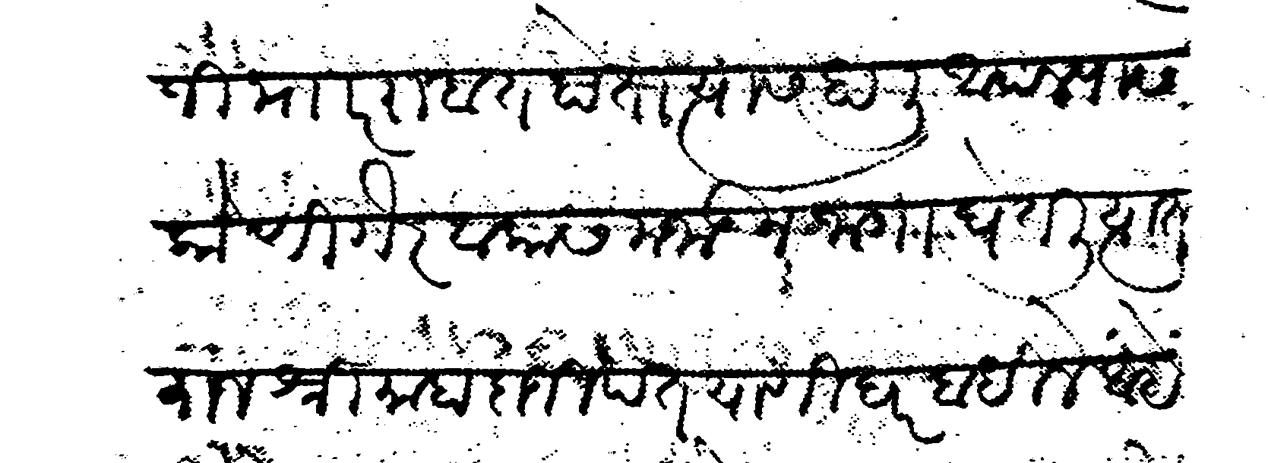
Transliteration (Devanagari): रत्नोजी म र राहात होता त्यास हालि आपल्यास कोणी गैरवाका समाजाऊन जागा घेतली त्यात राजश्री महादाजी पत याणी घर बाधिले आहे